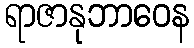
ရာဇာနုဘာဝေန